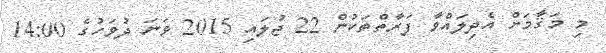
މި މަޤާމަށް އެދިލައްވާ ފަރާތްތަކުން 22 ޖުލައި 2015 ވަނަ ދުވަހުގެ 14:00